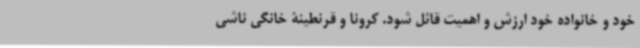
خود و خانواده خود ارزش و اهمیت قائل شود. کرونا و قرنطینۀ خانگی ناشی